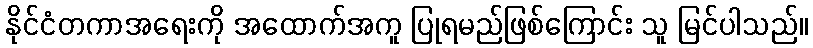
နိုင်ငံတကာအရေးကို အထောက်အကူ ပြုရမည်ဖြစ်ကြောင်း သူ မြင်ပါသည်။